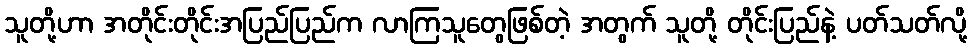
သူတို့ဟာ အတိုင်းတိုင်းအပြည်ပြည်က လာကြသူတွေဖြစ်တဲ့ အတွက် သူတို့ တိုင်းပြည်နဲ့ ပတ်သတ်လို့